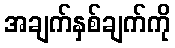
အချက်နှစ်ချက်ကို